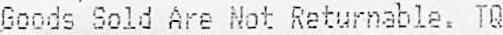
GOODS SOLD ARE NOT RETURNABLE. TQ